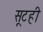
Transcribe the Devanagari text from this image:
सूटही